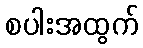
စပါးအထွက်